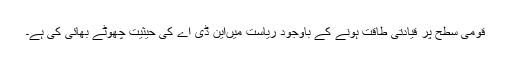
قومی سطح پر قیادتی طاقت ہونے کے باوجود ریاست میںاین ڈی اے کی حیثیت چھوٹے بھائی کی ہے۔